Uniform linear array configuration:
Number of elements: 12
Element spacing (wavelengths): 0.5
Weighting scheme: cosine
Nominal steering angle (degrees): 15
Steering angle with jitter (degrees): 14.743
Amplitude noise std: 0.05
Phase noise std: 0.05

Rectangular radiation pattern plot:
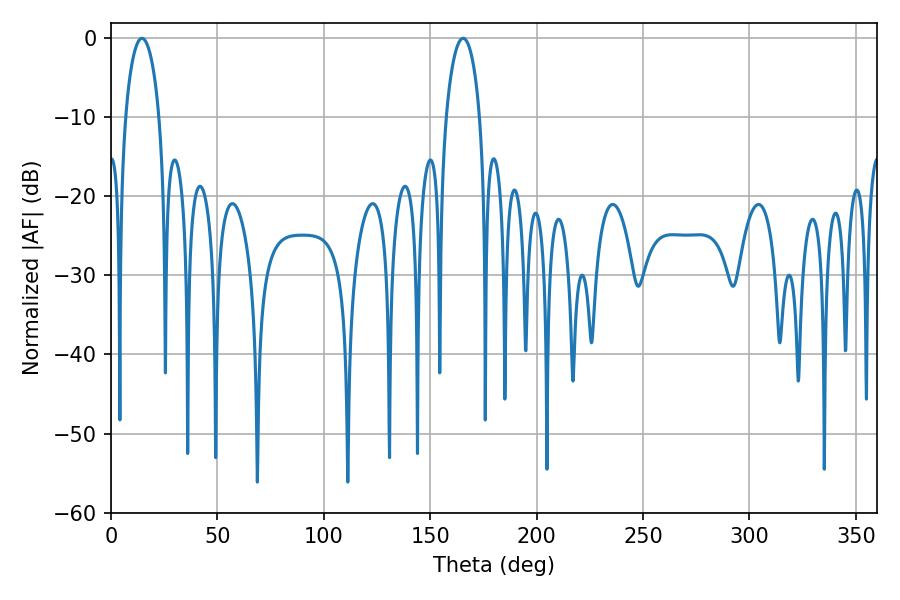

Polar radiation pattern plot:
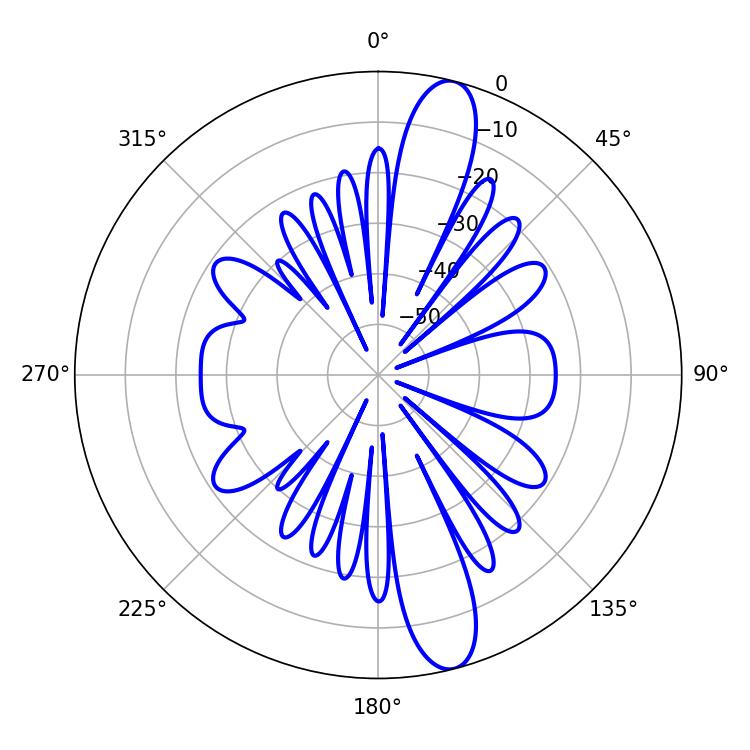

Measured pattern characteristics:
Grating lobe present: FALSE
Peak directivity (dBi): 13.671
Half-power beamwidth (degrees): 9
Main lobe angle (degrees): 14.58